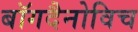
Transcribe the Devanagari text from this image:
बॉगदैनोविच